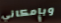
وبإمكاني